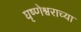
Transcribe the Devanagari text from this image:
घृष्णेश्वराच्या